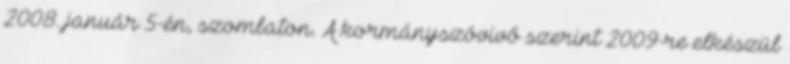
2008. január 5-én, szombaton. A kormányszóvivő szerint 2009-re elkészül